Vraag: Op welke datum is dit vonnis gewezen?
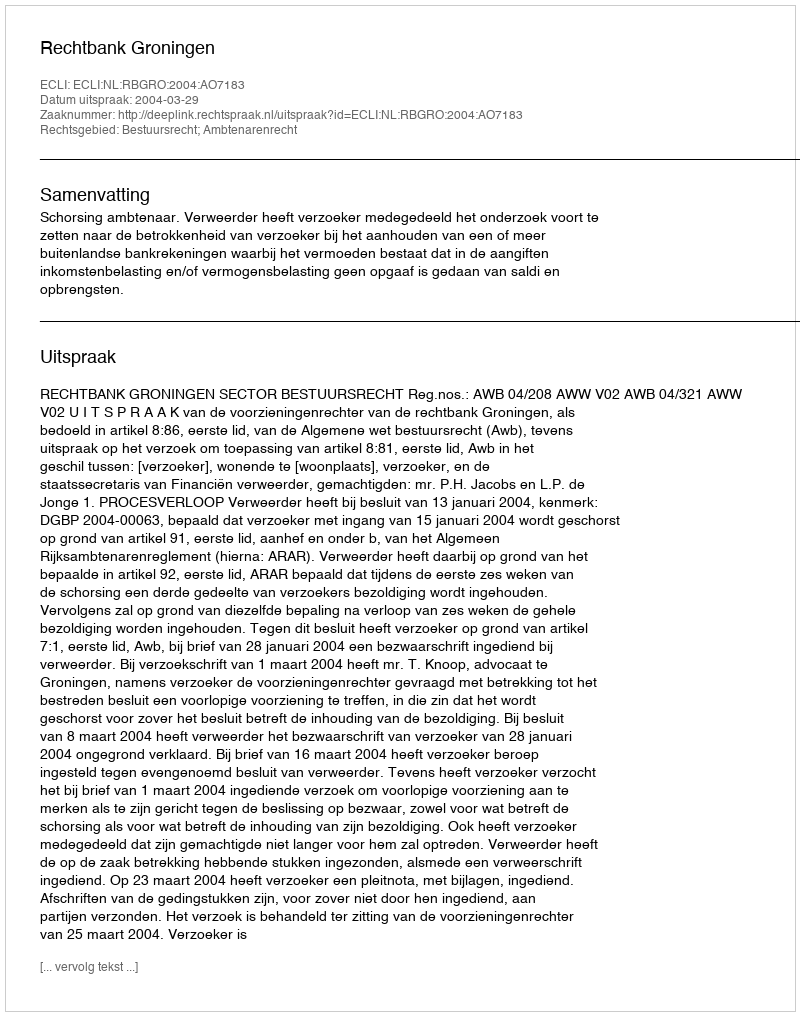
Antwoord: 2004-03-29